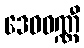
ဒေဝဝဏ္ဏီ